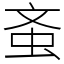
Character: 蚉